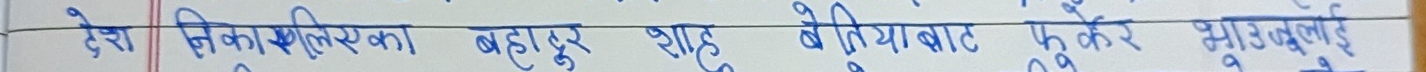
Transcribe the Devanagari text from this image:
देश नि.का.लि.का. बहादुर शाहको नियाबाद रूकेर झ्याउडबुलाई